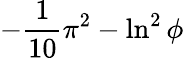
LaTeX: -{\frac{1}{10}}\pi^{2}-\ln^{2}\phi